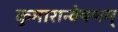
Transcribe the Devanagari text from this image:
कुमारान्वेषणम्